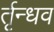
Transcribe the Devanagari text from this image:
र्तृन्धव